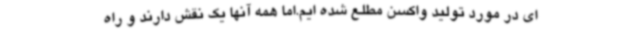
ای در مورد تولید واکسن مطلع شده ایم.اما همه آنها یک نقش دارند و راه